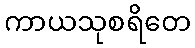
ကာယသုစရိတေ